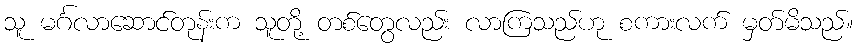
သူ မင်္ဂလာဆောင်တုန်းက သူတို့ တစ်တွေလည်း လာကြသည်ဟု စကားလက် မှတ်မိသည်။